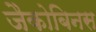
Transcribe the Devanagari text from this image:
जैकोबिनस